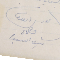
رئيس الديوان